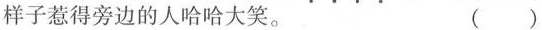
样子惹得旁边的人哈哈大笑。 ( )